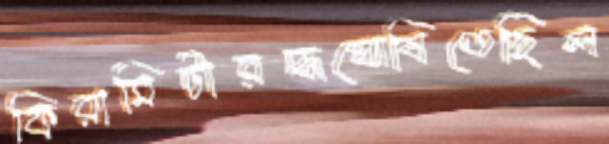
কিরামিটারদ্ধঘোষিতেছিল